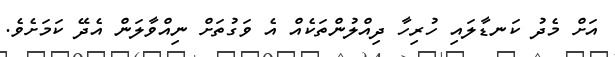
އަށް މެދު ކަނޑާލައި ހުރިހާ ދިއްލުންތަކެއް އެ ވަގުތަށް ނިއްވާލަން އެދޭ ކަމަށެވެ.